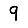
Digit: 9